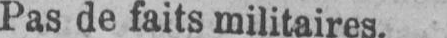
Pas de faits militaires.